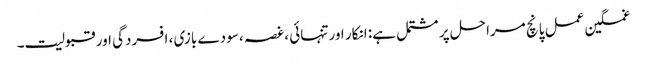
غمگین عمل پانچ مراحل پر مشتمل ہے: انکار اور تنہائی ، غصہ ، سودے بازی ، افسردگی اور قبولیت۔